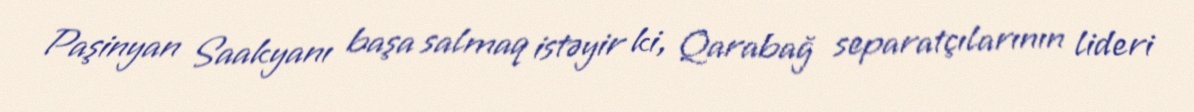
Paşinyan Saakyanı başa salmaq istəyir ki, Qarabağ separatçılarının lideri